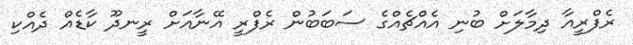
ރެފްރީއާ ދިމާލަށް ބުނި އެއްޗެއްގެ ސަބަބުން ރެފްރީ އޭނާއަށް ރީނދޫ ކާޑެއް ދެއްކި